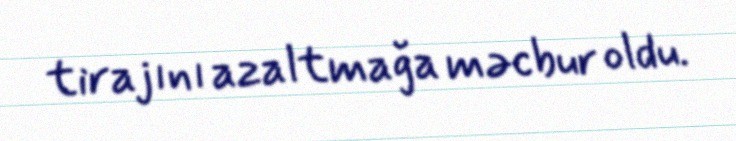
tirajını azaltmağa məcbur oldu.